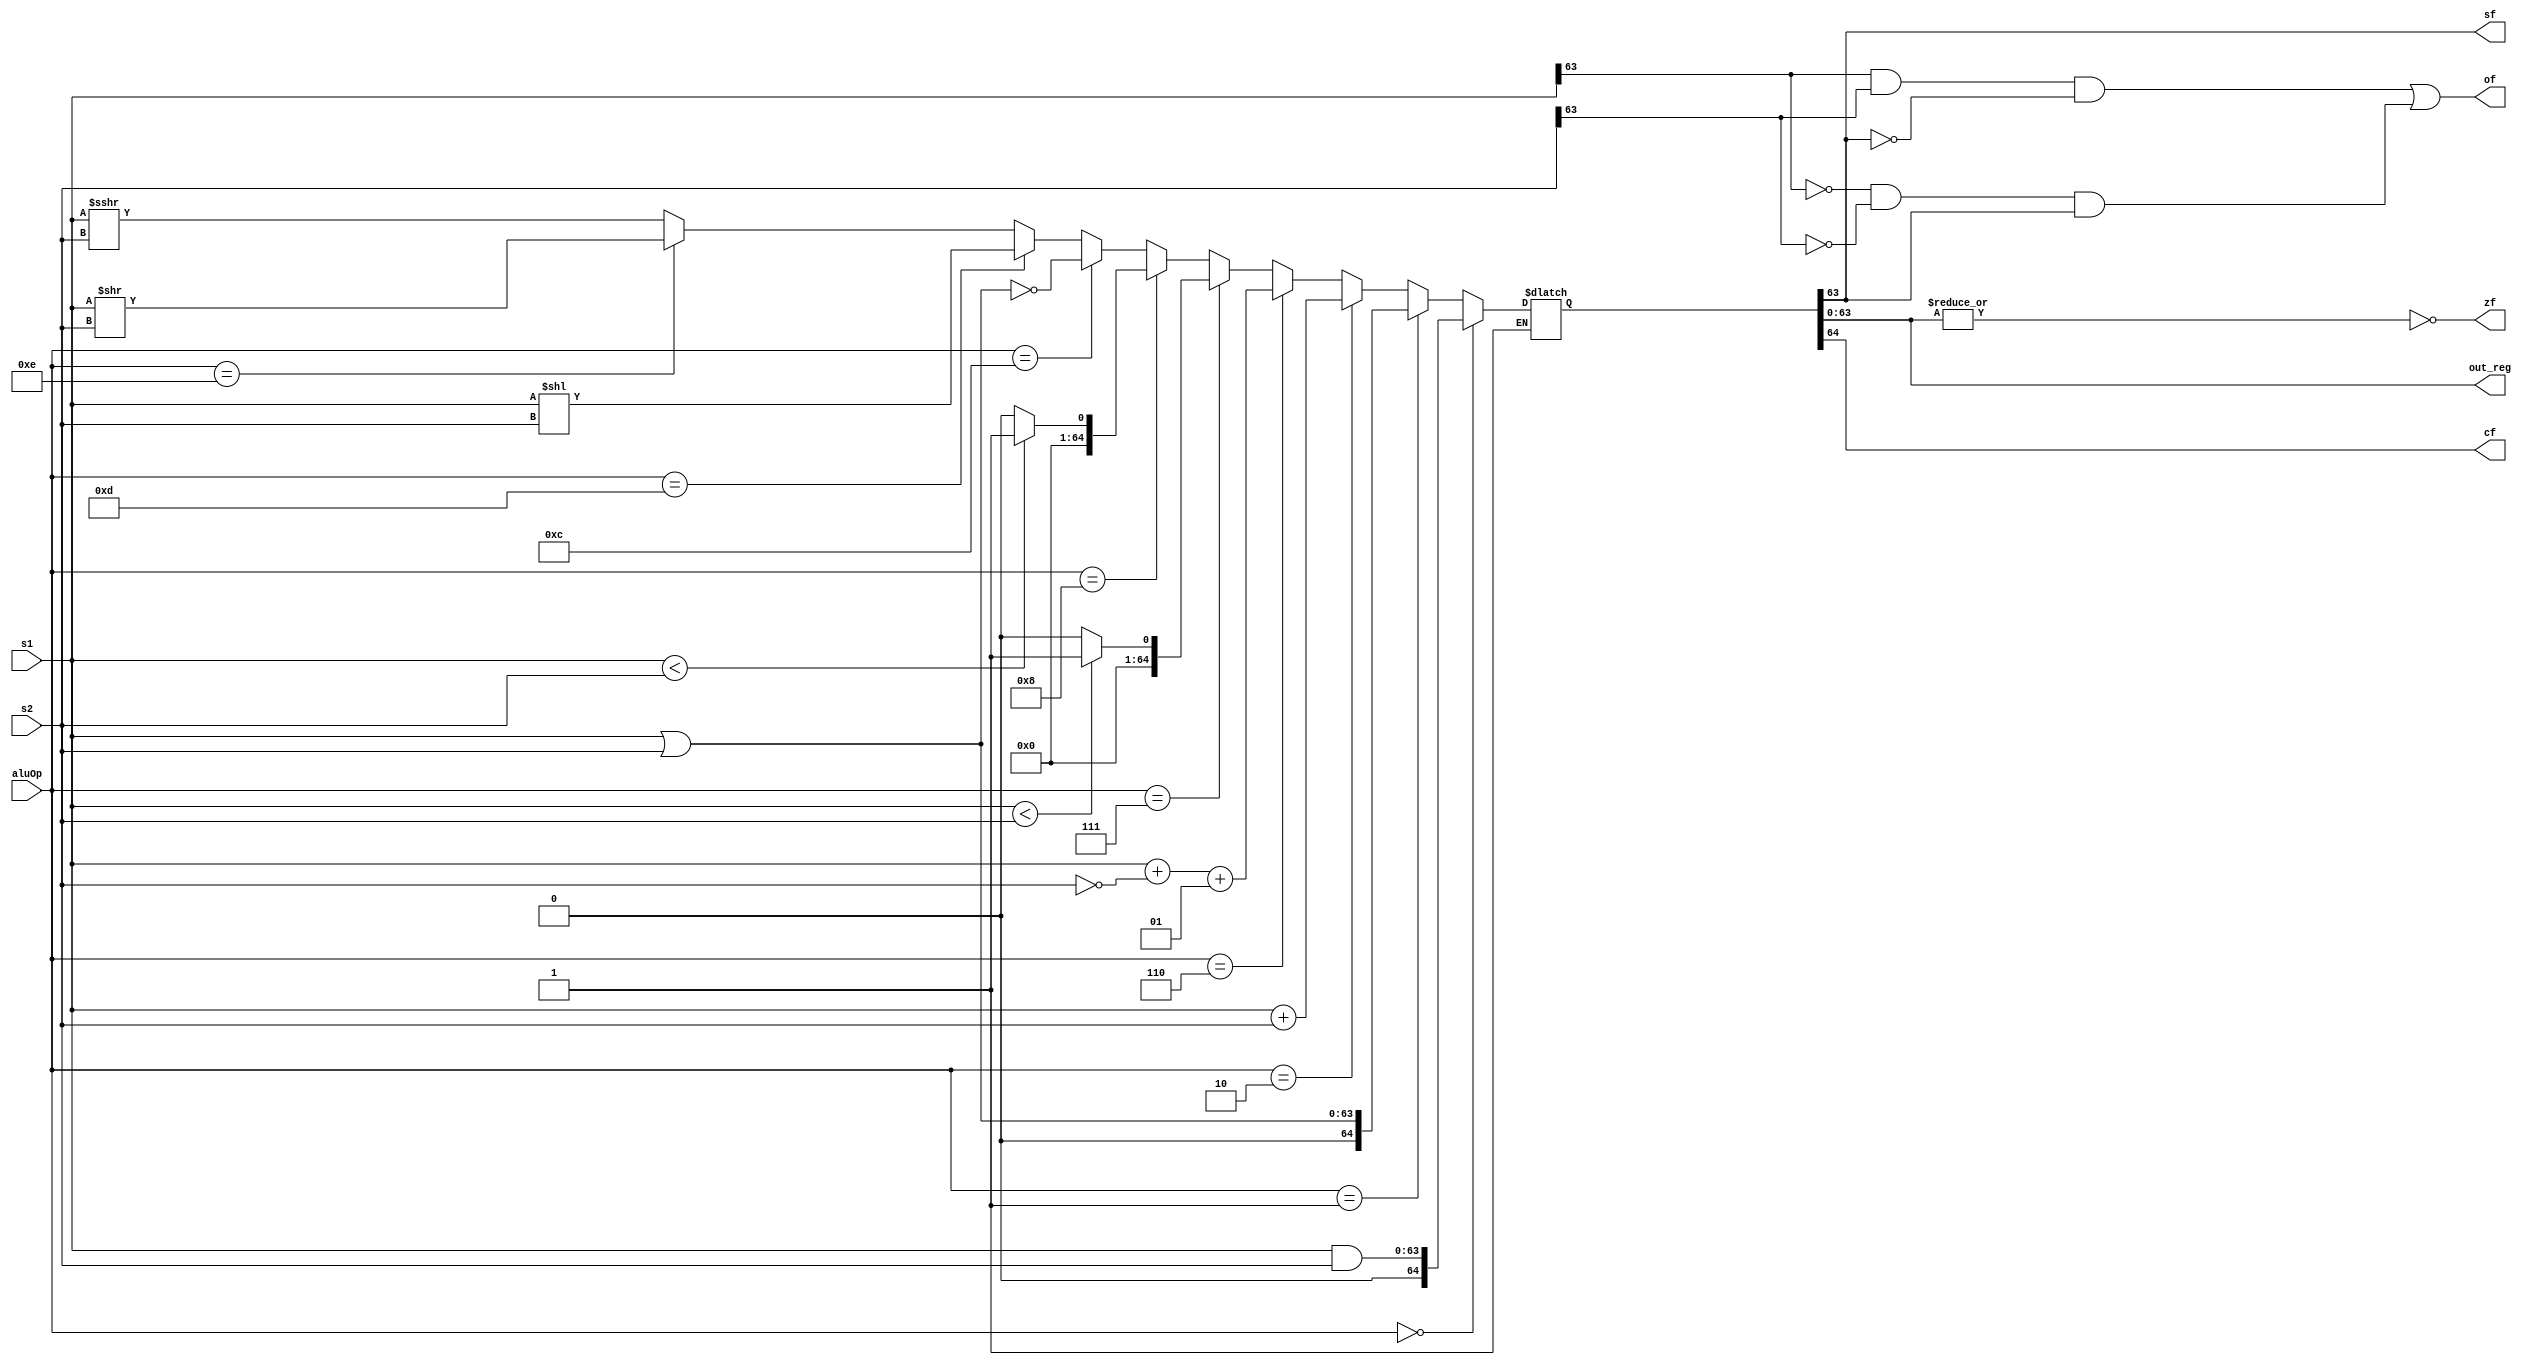
`timescale 1ns / 1ps
//////////////////////////////////////////////////////////////////////////////////
// Company: 
// Engineer: 
// 
// Design Name: 
// Module Name: ALU
// Project Name: 
// Target Devices: 
// Tool Versions: 
// Description: 
// 
// Dependencies: 
// 
// Revision:
// Revision 0.01 - File Created
// Additional Comments:
// 
//////////////////////////////////////////////////////////////////////////////////


module ALU(
    input[63:0] s1,
    input[63:0] s2,
    input[3:0] aluOp,
    output wire[63:0] out_reg,
    output wire zf, of, sf, cf
    );

    reg[3:0] ADD = 4'b0010, 
             SUB = 4'b0110,
             SLT = 4'b0111,
             SLTU = 4'b1000,
             AND = 4'b0000,
             OR = 4'b0001,
             XOR = 4'b0010,
             NOR = 4'b1100,
             SLL = 4'b1101,
             SRL = 4'b1110,
             SRA = 4'b1111;

    reg[64:0] out;
    assign out_reg = out[63:0];

    assign of = (s1[63] & s2[63] & ~out[63]) | (~s1[63] & ~s2[63] & out[63]);
    assign cf = out[64];
    assign sf = out[63];
    assign zf = ~|out[63:0];
    
    reg[63:0] temp;
    reg launch = 1'b0, done = 1'b0;
    reg signed [63:0] s1_signed, s2_signed;
    
    always @(launch) begin
        if (launch === 1'b1) begin
        s1_signed = s1;
        s2_signed = s2;
        launch = 1'b0;
        case(aluOp)
            AND: out = s1 & s2;
            OR: out = s1 | s2;
            ADD: begin
                out = s1_signed + s2_signed;
            end
            SUB: out = s1_signed + ~s2_signed + 1;
            SLT: out = s1_signed < s2_signed ? 1 : 0;
            SLTU: out = s1 < s2 ? 1 : 0;
            XOR: out = s1 ^ s2;
            NOR: out = ~(s1 | s2);
            SLL: out = s1 << s2;
            SRL: out = s1 >> s2;
            SRA: out = s1_signed >>> s2_signed;
            default:
                $display("unknown alu opcode 0x%h", aluOp);
        endcase
        done = 1'b1;
        end
    end
endmodule